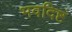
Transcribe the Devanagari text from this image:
भवदिष्टं